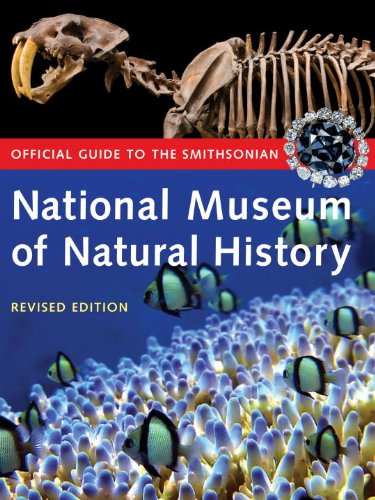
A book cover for Official Guide To The Smithsonian National Museum of Natural History; Smithsonian Institution; Travel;